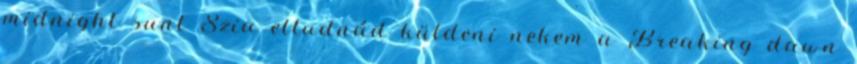
midnight sunt Szia eltudnád küldeni nekem a Breaking dawn